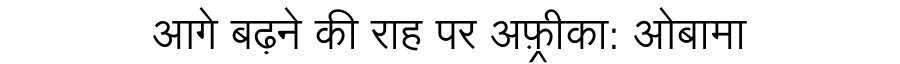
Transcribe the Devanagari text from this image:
आगे बढ़ने की राह पर अफ़्रीका: ओबामा